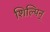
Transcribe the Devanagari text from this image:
शिल्पिन्